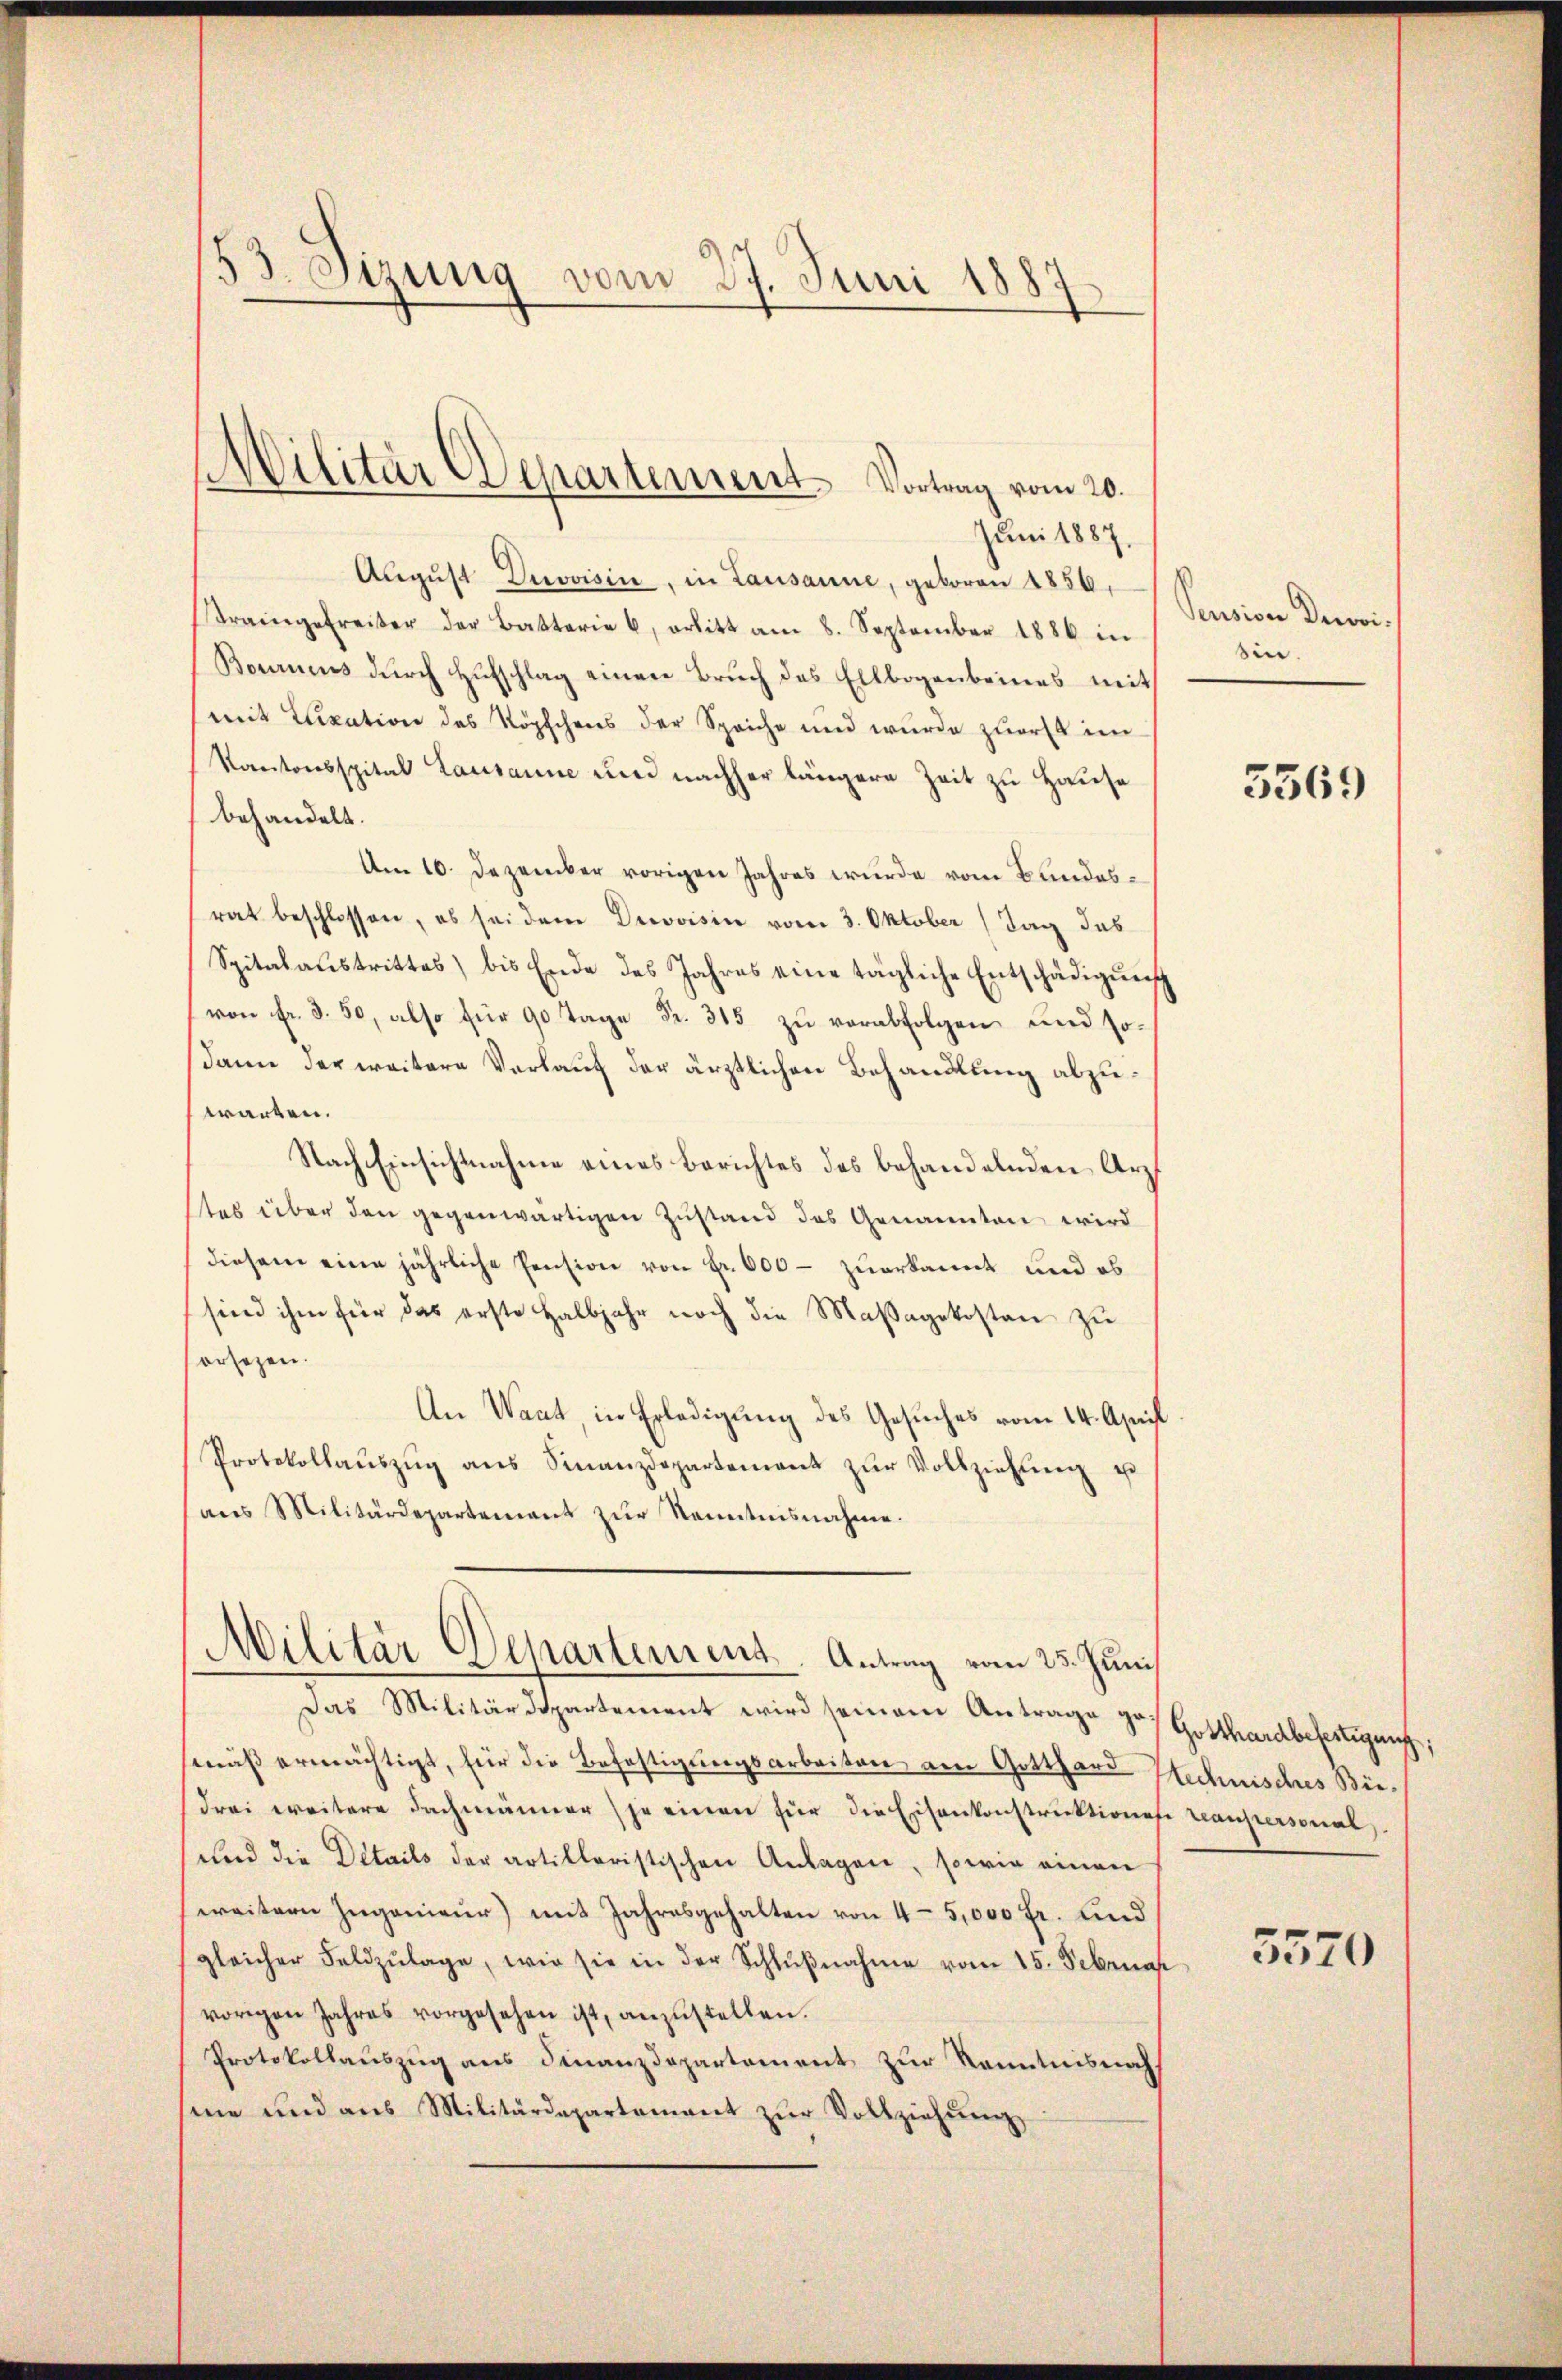
53. Sizung vom 27. Juni 1883

Juni 1887.
Aŭgŭst Devoisin, in Lausanne, geboren 1856,
trangefreiter der Batterie u. erlitt am 8. September 1886 in
Bournis durch Hufschlag einen Bruch des Ellbogenbeines mit
mit Luxation des Köpfchens der Speiche und wurde zuerst im
Kantonsspital Lausanne und nachher längere Zeit zu Hause
behandelt.
Am 10. Dezember vorigen Jahres wurde vom Bundesrat beschlossen, es sei dem Drevoisin vom 3. Oktober (Tag des
Spitalaŭstrittes) bis Ende des Jahres eine tägliche Entschädigŭng
(von Fr. 3. 50, also für 90 Tage Fr. 315 zu verabfolgen und sodann der weitere Verlang der ärztlichen Behandlung abzuwarten.
Nach Einsichtnahme eines Berichtes des behandelnden Arzt
tes über den gegenwärtigen Zustand des Genannten wird
diesem eine jährliche Pension von Fr. 600 - zuerkannt und eb
sind ihm für das erste Halbjahr noch die Maßagekosten zu
orsezen.
An Waadt, in Erledigung des Gesuches vom 14. April
Protokollaŭszŭg ans Finanzdepartement zŭr Vollziehŭng u
ans Militärdepartement zŭr Kenntnisnahme.
Militär-Departement. Antrag vom 25. Junis

1
Dilitär Departement Vortrag vom 20.

Das Militärdepartement wird seinem Antrage von Gotthardbefertigung,
mäß ermächtigt, für die Befestigungsarbeiten am Gotthard Stechnisches Büdrei weitere Fachmänner je einen für die Eisenkonstruktionese reanpersonal
und die Details der artilleristischen Anlagen, sowie einen
weitern Ingenieur) mit Jahresgehalten von 4-5,000 fr. und
gleicher Feldzŭlage, wie sie in der Schlŭβnahme vom 15. Februar
vorigen Jahres vorgesehen ist, anzustellen.
Protokollauszug aus Finanzdepartement zur Kenntnisnah
me und ans Militärdepartement zŭr Vollziehŭng

Pension Derovi
sin.

3369

3570